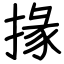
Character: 掾